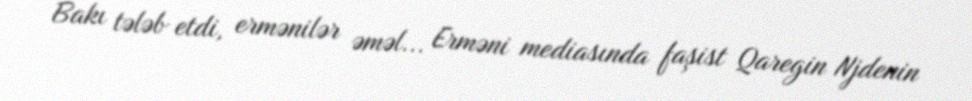
Bakı tələb etdi, ermənilər əməl... Erməni mediasında faşist Qaregin Njdenin